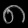
Digit: ၈